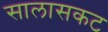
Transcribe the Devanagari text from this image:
सालासकट